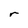
Character: r